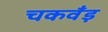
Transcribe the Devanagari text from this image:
चकवँड़